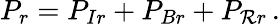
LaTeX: P_{r}=P_{Ir}+P_{Br}+P_{\mathcal{R}r}\, .